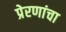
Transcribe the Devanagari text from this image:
प्रेरणांचा